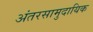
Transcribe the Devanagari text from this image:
अंतरसामुदायिक